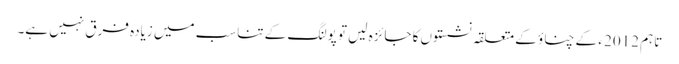
تاہم 2012 ء کے چناؤ کے متعلقہ نشستوں کا جائزہ لیں تو پولنگ کے تناسب میں زیادہ فرق نہیں ہے۔